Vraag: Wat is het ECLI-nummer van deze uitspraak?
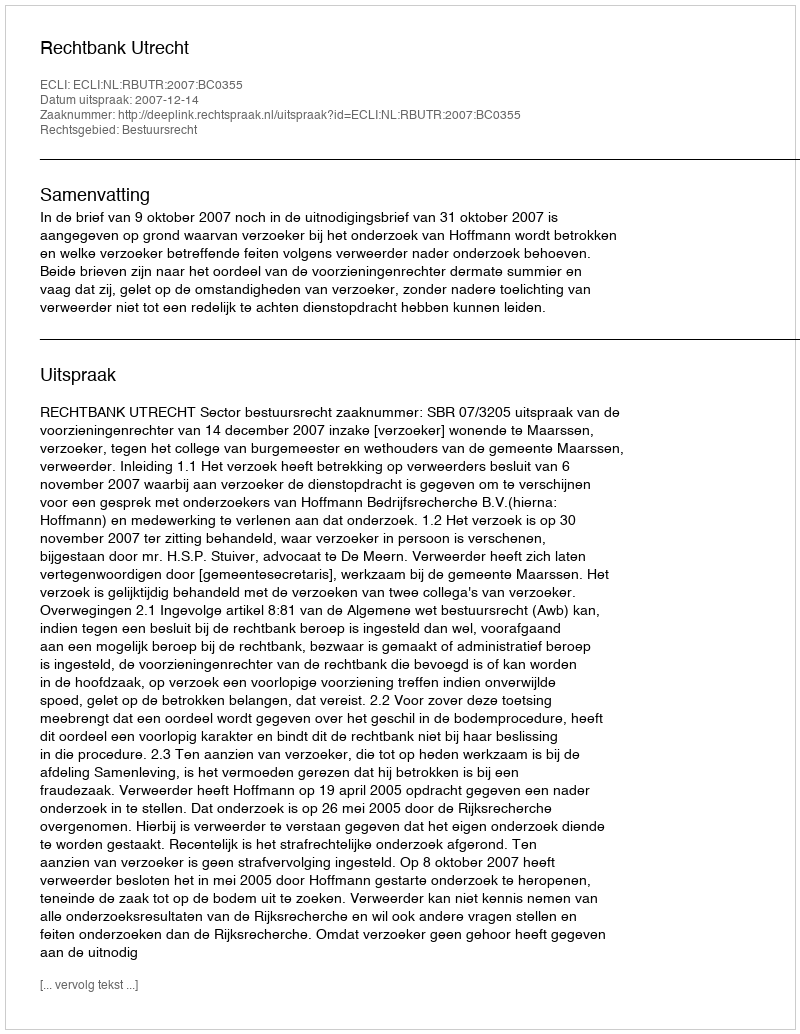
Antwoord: ECLI:NL:RBUTR:2007:BC0355